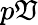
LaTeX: p\mathfrak{V}